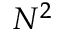
N ^ { 2 }